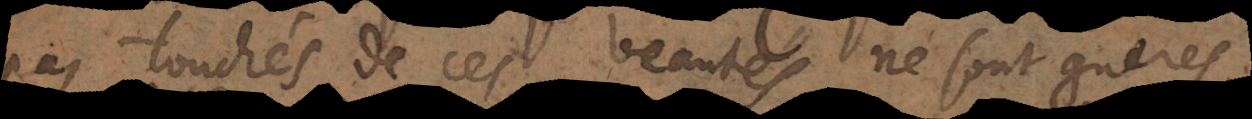
pas touchés de ces beautés ne sont gueres